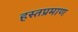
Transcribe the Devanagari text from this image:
हस्तप्रमाण